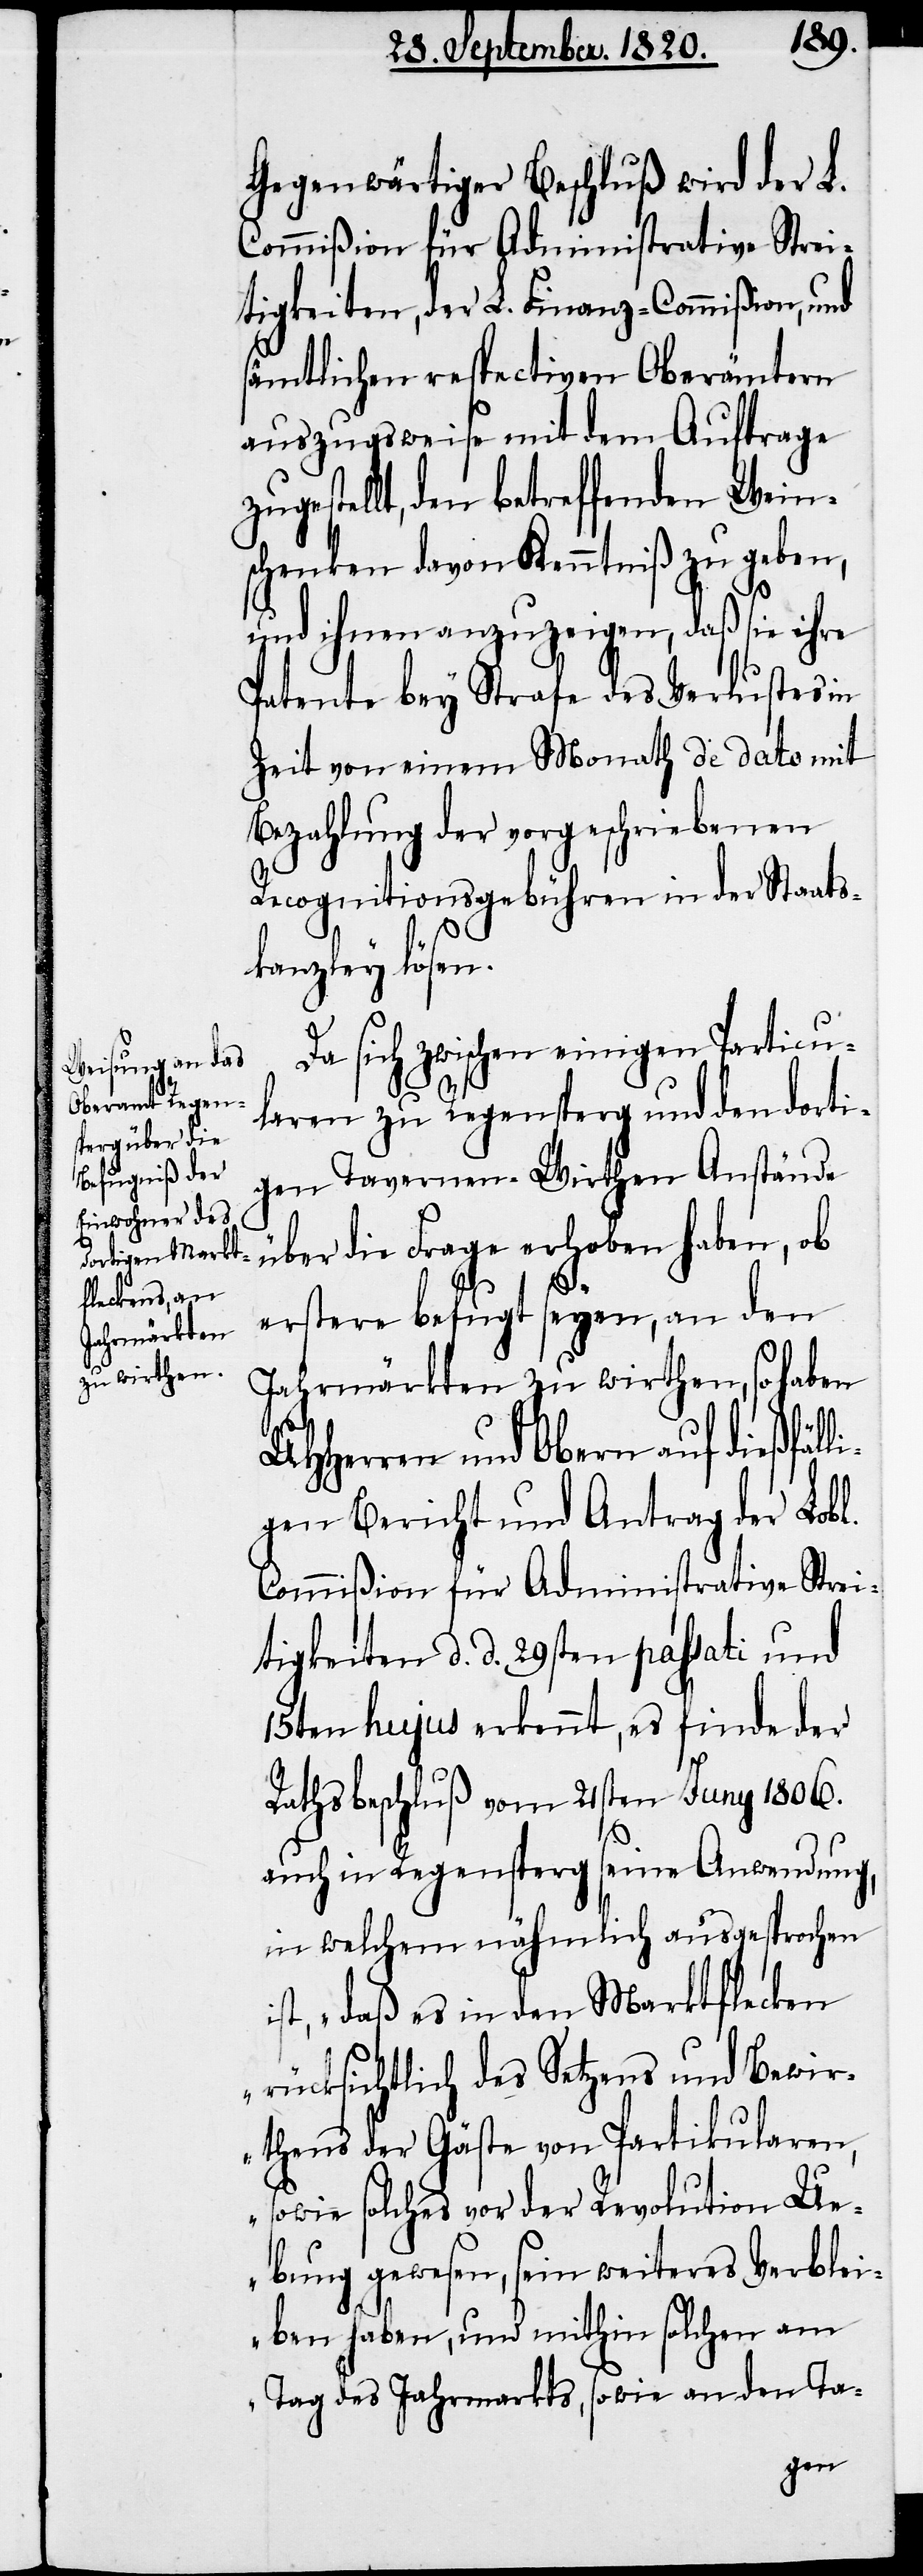
Gegenwärtiger Beschluß wird der L.
Commißion für Administrative Strei¬
tigkeiten, der L. Finanz-Commißion, und
sämtlichen respectiven Oberämtern
auszugsweise mit dem Auftrage
ugestellt, den betreffenden Wein¬
schenken davon Kenntniß zu geben,
li¬
und ihnen anzuzeigen, daß sie ihre
Patente bey Strafe des Verlustes in
Zeit von einem Monath de dato mit
Bezahlung der vorgeschriebenen
Recognitionsgebühren in der Staats¬
kanzley lösen.
Da sich zwischen einigen Particu¬
laren zu Regensperg und den dorti¬
gen Tavernen-Wirthen Anstände
über die Frage erhoben haben, ob
erstere befugt seyen, an den
Jahrmärkten zu wirthen, so haben
UHherren und Obern auf dießfäl¬
gen Bericht und Antrag der Lobl.
Commißion für Administrative Strei¬
tigkeiten d. d. 29sten passati und
15ten hujus erkennt, es finde der
Rathsbeschluß vom 21sten Juny 1806.
auch in Regensperg seine Anwendung,
in welchem nähmlich ausgesprochen
ist, „daß es in den Marktflecken
rücksichtlich des Setzens und Bewir¬
thens der Gäste von Partikularen,
sowie solches vor der Revolution Ue¬
bung gewesen, sein weiteres Verblei¬
ben haben, und mithin solchen am
Tag des Jahrmarkts, sowie an den Ta-